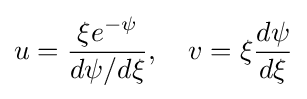
u={\frac {\xi e^{-\psi }}{d\psi /d\xi }},\quad v=\xi {\frac {d\psi }{d\xi }}